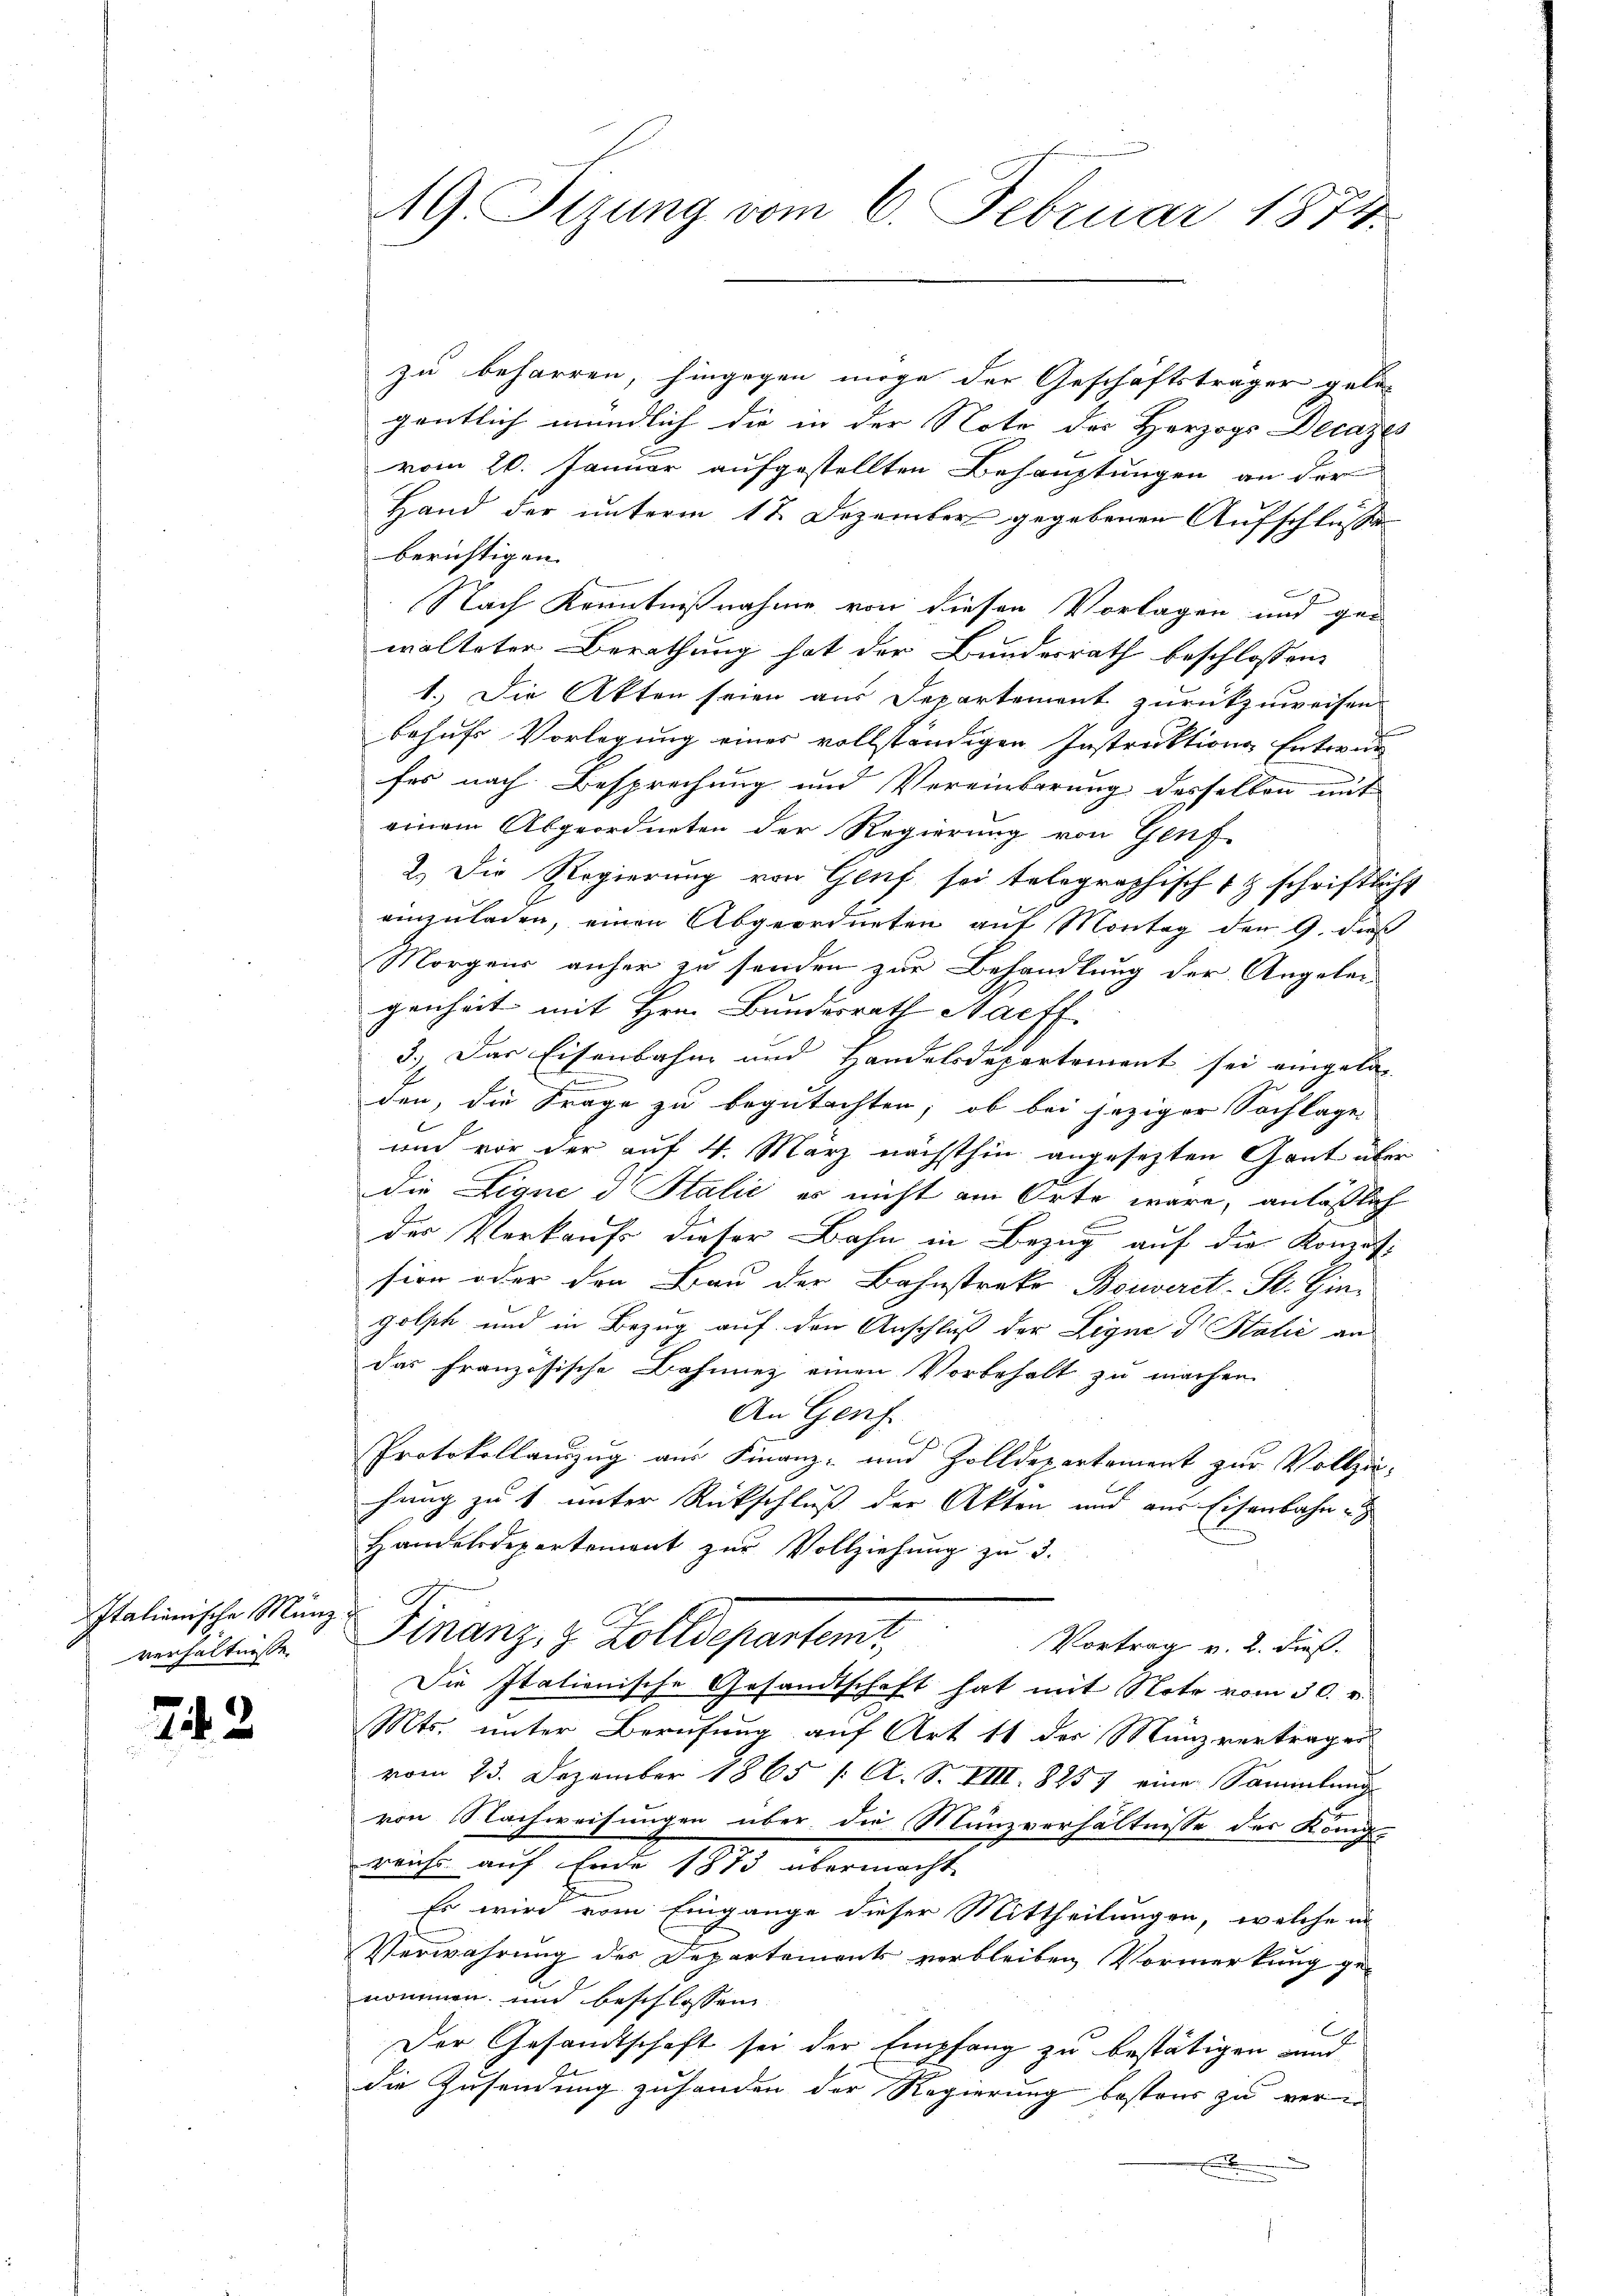
Italienische Münzverhältnisse

73

zu beharren, hingegen möge der Geschäftsträger gele-
gentlich mündlich die in der Note des Herzogs Decazes
vom 20. Januar aufgestellten Behauptungen an der
Hand der unterm 17. Dezember gegebenen Aufschlusse
berichtigen.
Nach Kenntnißnahme von diesen Vorlagen und ge-
walteter Berathung hat der Bundesrath beschlossen,
1.) Die Akten seien aus Departement zurückzuweisen.
behufs Vorlegung eines vollständigen Instruktions Entwur
fes nach Besprechung und Vereinbarung desselben mit
einem Abgeordneten der Regierung von Genf.
2.) Die Regierung von Genf sei telegraphisch schriftlicht
einzuladen, einen Abgeordneten auf Montag der 9. daß
Morgens anher zu senden zur Behandlung der Angelei
genheit mit Hrn. Bundesrath Maiff
3.) Das Eisenbahn und Handelsdepartement sei eingeladen, die Frage zu begutachten, ob bei jeziger Sachlage
und vor der auf 4. März nächsthin angesezten Gant über
die Ligne d Italić es nicht am Orte wäre, anläßlich
der Verkaufs dieser Bahn in Bezug auf die Konsi
sion oder den Frau der Bahnstrako Bouverst-St. Gingolph und in Bezug auf den Anschluß der Ligne dr Stalić an
das französische Bahnnez einen Vorbehalt zu machen
An Genf
Protokollauszug aus Finanz- und Zolldepartement zur Vollziehang zu 1 unter Rückschluß der Akten und zur Eisenbahn e
Handelsdepartement zur Vollziehung zu 3.
Finanz- & Zolldepartent
Vortrag v. 2. dieß.
Die Italienische Gesandtschaft hat mit Note vom 30. v.
Mts. unter Berufung auf Art 11 der Münzverträger
vom 23. Dezember 1865 /: A. S. VIII. 8257 eine Sammlung
von Nachweisungen über die Münzverhältnisse des Königl.
reichs auf Ende 1873 übermacht
Es wird vom Eingange dieser Mittheilungen, welche in
Verwahrung des Departements verbleiben Vormerkung ge-
nommen und beschlossen
x
Der Gesandtschaft sei der Empfang zu bestätigen und
die Zusendung zuhanden der Regierung bestens zu ver-

19. Sizung vom 6. Februar 1874.